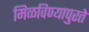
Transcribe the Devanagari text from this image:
मिळविण्यापुरते